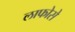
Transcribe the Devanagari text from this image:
लाफोसे